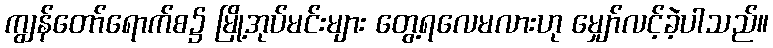
ကျွန်တော်ရောက်စ၌ မြို့အုပ်မင်းများ တွေ့ရလေမလားဟု မျှော်လင့်ခဲ့ပါသည်။